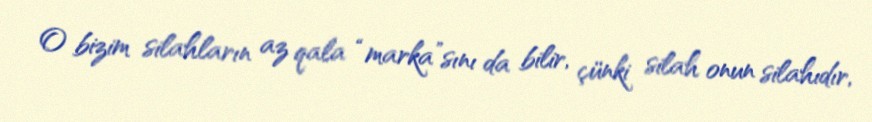
O bizim silahların az qala “marka”sını da bilir, çünki silah onun silahıdır,